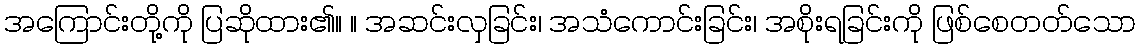
အကြောင်းတို့ကို ပြဆိုထား၏။ ။ အဆင်းလှခြင်း၊ အသံကောင်းခြင်း၊ အစိုးရခြင်းကို ဖြစ်စေတတ်သော